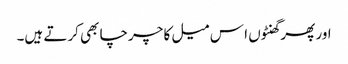
اور پھر گھنٹوں ا س میل کا چرچا بھی کرتے ہیں۔